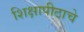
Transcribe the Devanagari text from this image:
शिक्षापीठाचे